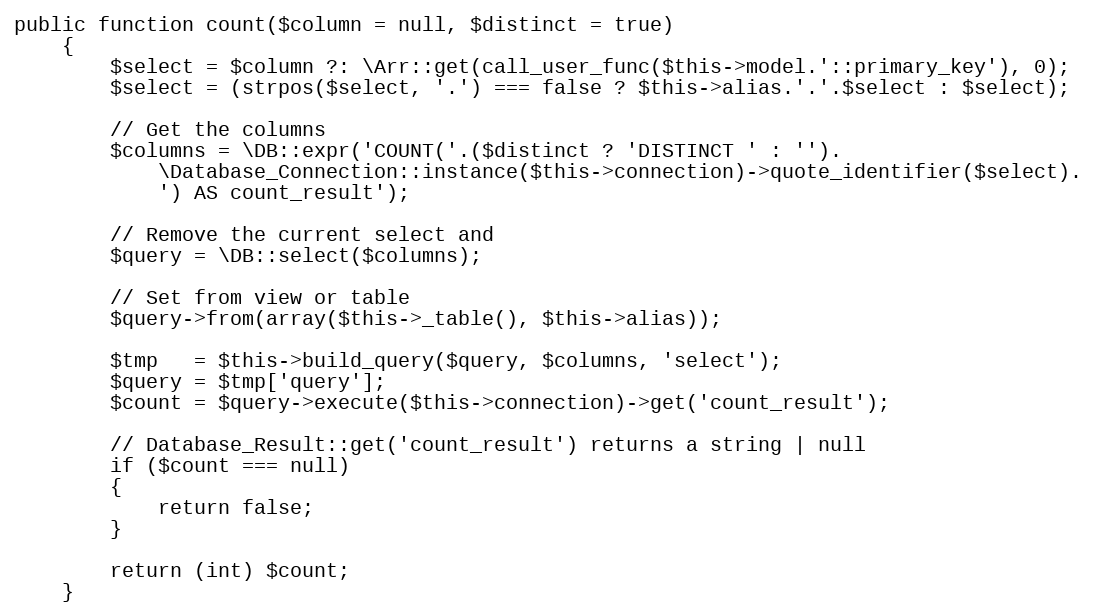
Language: PHP
public function count($column = null, $distinct = true)
	{
		$select = $column ?: \Arr::get(call_user_func($this->model.'::primary_key'), 0);
		$select = (strpos($select, '.') === false ? $this->alias.'.'.$select : $select);

		// Get the columns
		$columns = \DB::expr('COUNT('.($distinct ? 'DISTINCT ' : '').
			\Database_Connection::instance($this->connection)->quote_identifier($select).
			') AS count_result');

		// Remove the current select and
		$query = \DB::select($columns);

		// Set from view or table
		$query->from(array($this->_table(), $this->alias));

		$tmp   = $this->build_query($query, $columns, 'select');
		$query = $tmp['query'];
		$count = $query->execute($this->connection)->get('count_result');

		// Database_Result::get('count_result') returns a string | null
		if ($count === null)
		{
			return false;
		}

		return (int) $count;
	}